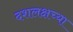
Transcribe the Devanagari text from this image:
दशलक्षच्या